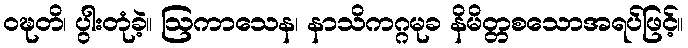
ဝဍ္ဎတိ၊ ပွါးတုံခဲ့။ ဩကာသေန၊ နာသိကဂ္ဂမုခ နိမိတ္တစသောအရပ်ဖြင့်။